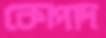
কোপাদ